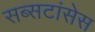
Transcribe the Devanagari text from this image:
सब्सटांसेस